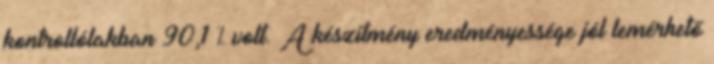
kontrollólakban 90,1 % volt. A készítmény eredményessége jól lemérhető